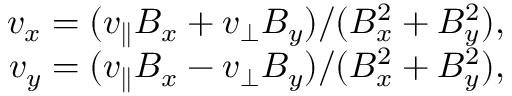
\begin{array} { r } { v _ { x } = ( v _ { \parallel } B _ { x } + v _ { \perp } B _ { y } ) / ( B _ { x } ^ { 2 } + B _ { y } ^ { 2 } ) , } \\ { v _ { y } = ( v _ { \parallel } B _ { x } - v _ { \perp } B _ { y } ) / ( B _ { x } ^ { 2 } + B _ { y } ^ { 2 } ) , } \end{array}